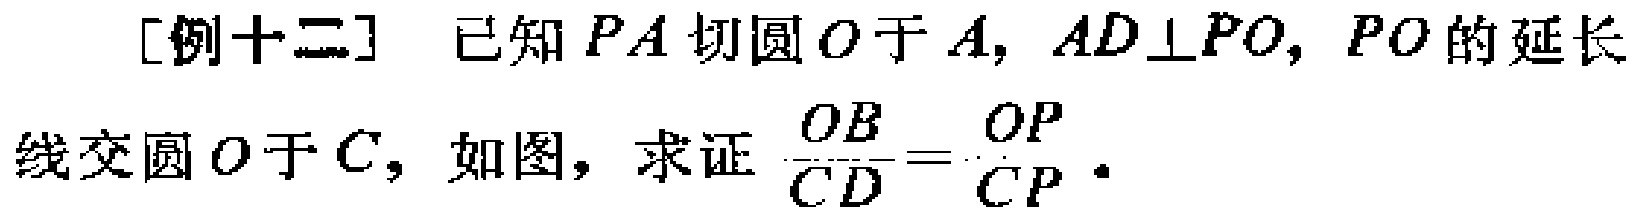
[例十二] 已知 \(PA\) 切圆 \(O\) 于 \(A\)，\(AD\perp PO\)，\(PO\) 的延长线交圆 \(O\) 于 \(C\)，如图，求证 \(\frac{OB}{CD}=\frac{OP}{CP}\)。